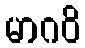
မာဂဝိ